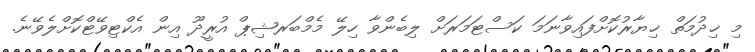
މި ޚިދުމަތް ޚިޔާރުކޮށްފައިވާނަމަ ކަސްޓަމަރަށް ލިބެންވާ ހިލޭ މެމްބަރޝިޕް އުރީދޫ އިން އެކްޓިވޭޓްކޮށްލެވޭނެ.